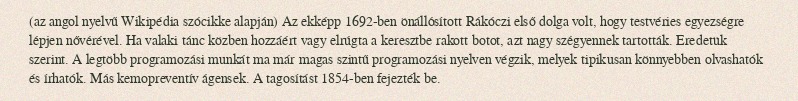
(az angol nyelvű Wikipédia szócikke alapján) Az ekképp 1692-ben önállósított Rákóczi első dolga volt, hogy testvéries egyezségre lépjen nővérével. Ha valaki tánc közben hozzáért vagy elrúgta a keresztbe rakott botot, azt nagy szégyennek tartották. Eredetük szerint. A legtöbb programozási munkát ma már magas szintű programozási nyelven végzik, melyek tipikusan könnyebben olvashatók és írhatók. Más kemopreventív ágensek. A tagosítást 1854-ben fejezték be.